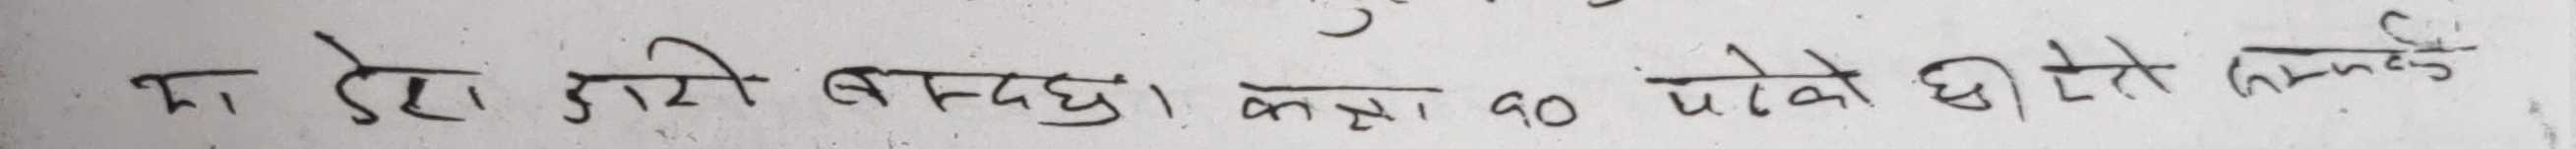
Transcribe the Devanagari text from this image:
का ढेकी ढोरी बन्दछ। कसको को परेको दोतो लन्ठुई।